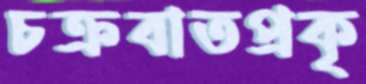
চক্রবাতপ্রকৃ